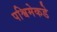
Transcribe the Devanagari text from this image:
पश्विमेकडे